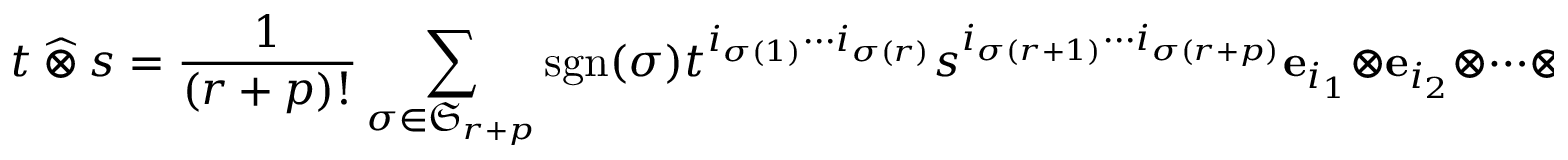
t ~ { \widehat { \otimes } } ~ s = { \frac { 1 } { ( r + p ) ! } } \sum _ { \sigma \in { \mathfrak { S } } _ { r + p } } \operatorname { s g n } ( \sigma ) t ^ { i _ { \sigma ( 1 ) } \cdots i _ { \sigma ( r ) } } s ^ { i _ { \sigma ( r + 1 ) } \cdots i _ { \sigma ( r + p ) } } { \mathbf { e } } _ { i _ { 1 } } \otimes { \mathbf { e } } _ { i _ { 2 } } \otimes \cdots \otimes { \mathbf { e } } _ { i _ { r + p } } .